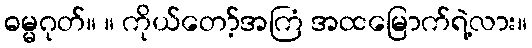
ဓမ္မဂုတ်။ ။ ကိုယ်တော့်အကြံ အထမြောက်ရဲ့လား။